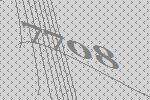
7708